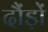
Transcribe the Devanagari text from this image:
दौंड़ों